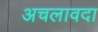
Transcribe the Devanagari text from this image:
अचलावदा